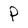
Character: P